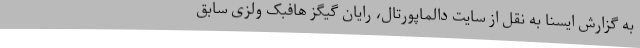
به گزارش ایسنا به نقل از سایت دالماپورتال، رایان گیگز هافبک ولزی سابق